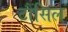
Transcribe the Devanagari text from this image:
टौंसिल